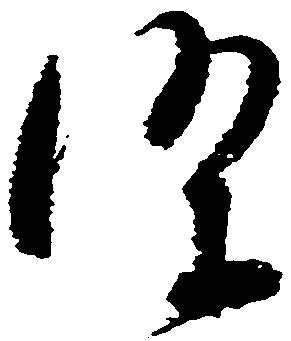
条